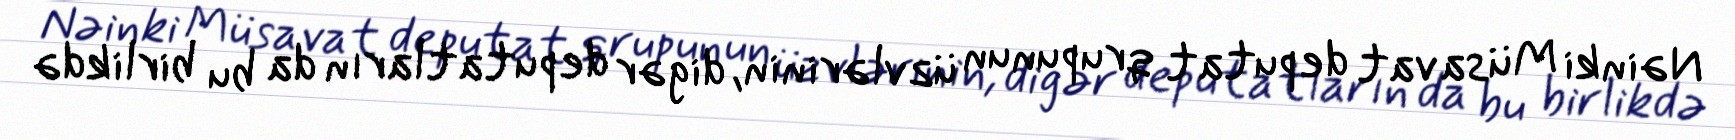
Nəinki Müsavat deputat qrupunun üzvlərinin, digər deputatların da bu birlikdə